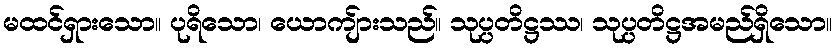
မထင်ရှားသော။ ပုရိသော၊ ယောကျ်ားသည်။ သုပ္ပတိဋ္ဌဿ၊ သုပ္ပတိဋ္ဌအမည်ရှိသော။